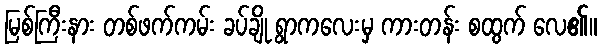
မြစ်ကြီးနား တစ်ဖက်ကမ်း ခပ်ချို ရွာကလေးမှ ကားတန်း စထွက် လေ၏။